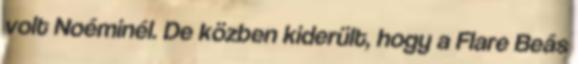
volt Noéminél. De közben kiderült, hogy a Flare Beás